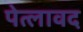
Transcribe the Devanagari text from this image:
पेत्लावद